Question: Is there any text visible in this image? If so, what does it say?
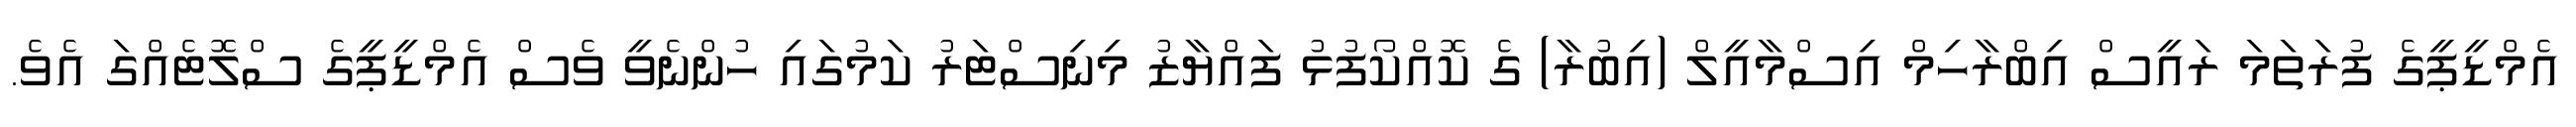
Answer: އެމްޑީޕީގެ ފުރަތަމަ ރައީސް އިބްރާހިމް އިސްމާއީލް (އިބުރާ) ގެ ކޮއްކޯފުޅު ފައްޔާޒު މިނިސްޓަރު ކަމުގައި ހުންނެވީ ވެސް އެމްޑީޕީގެ ސްލޮޓެއްގަ އެވެ.